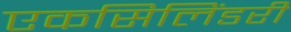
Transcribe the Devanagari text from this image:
एकसिलिंडरी